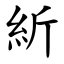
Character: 紤